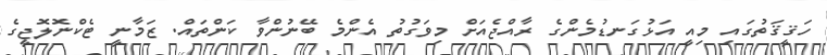
ހަޤީޤަތުގައި މިއީ އަޅުގަނޑުމެންގެ ރާއްޖެއަށް މިވަގުތު އެންމެ ބޭނުންވާ ކަންތައް. ޒަމާނީ ޓެކްނޮލޮޖީގެ